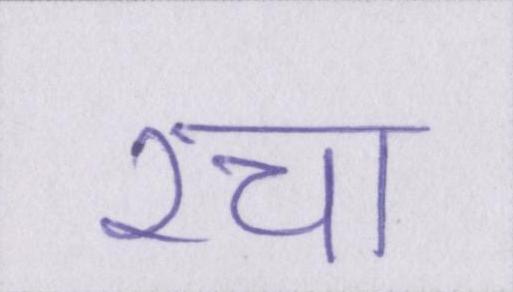
रचा